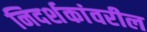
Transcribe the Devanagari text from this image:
निदर्शकांवरील